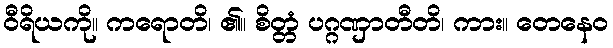
ဝီရိယကို။ ကရောတိ၊ ၏။ စိတ္တံ ပဂ္ဂဏှာတီတိ၊ ကား။ တေနေဝ